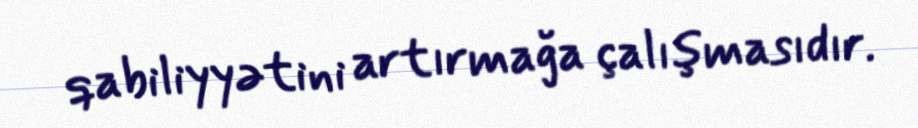
qabiliyyətini artırmağa çalışmasıdır.